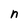
Character: n